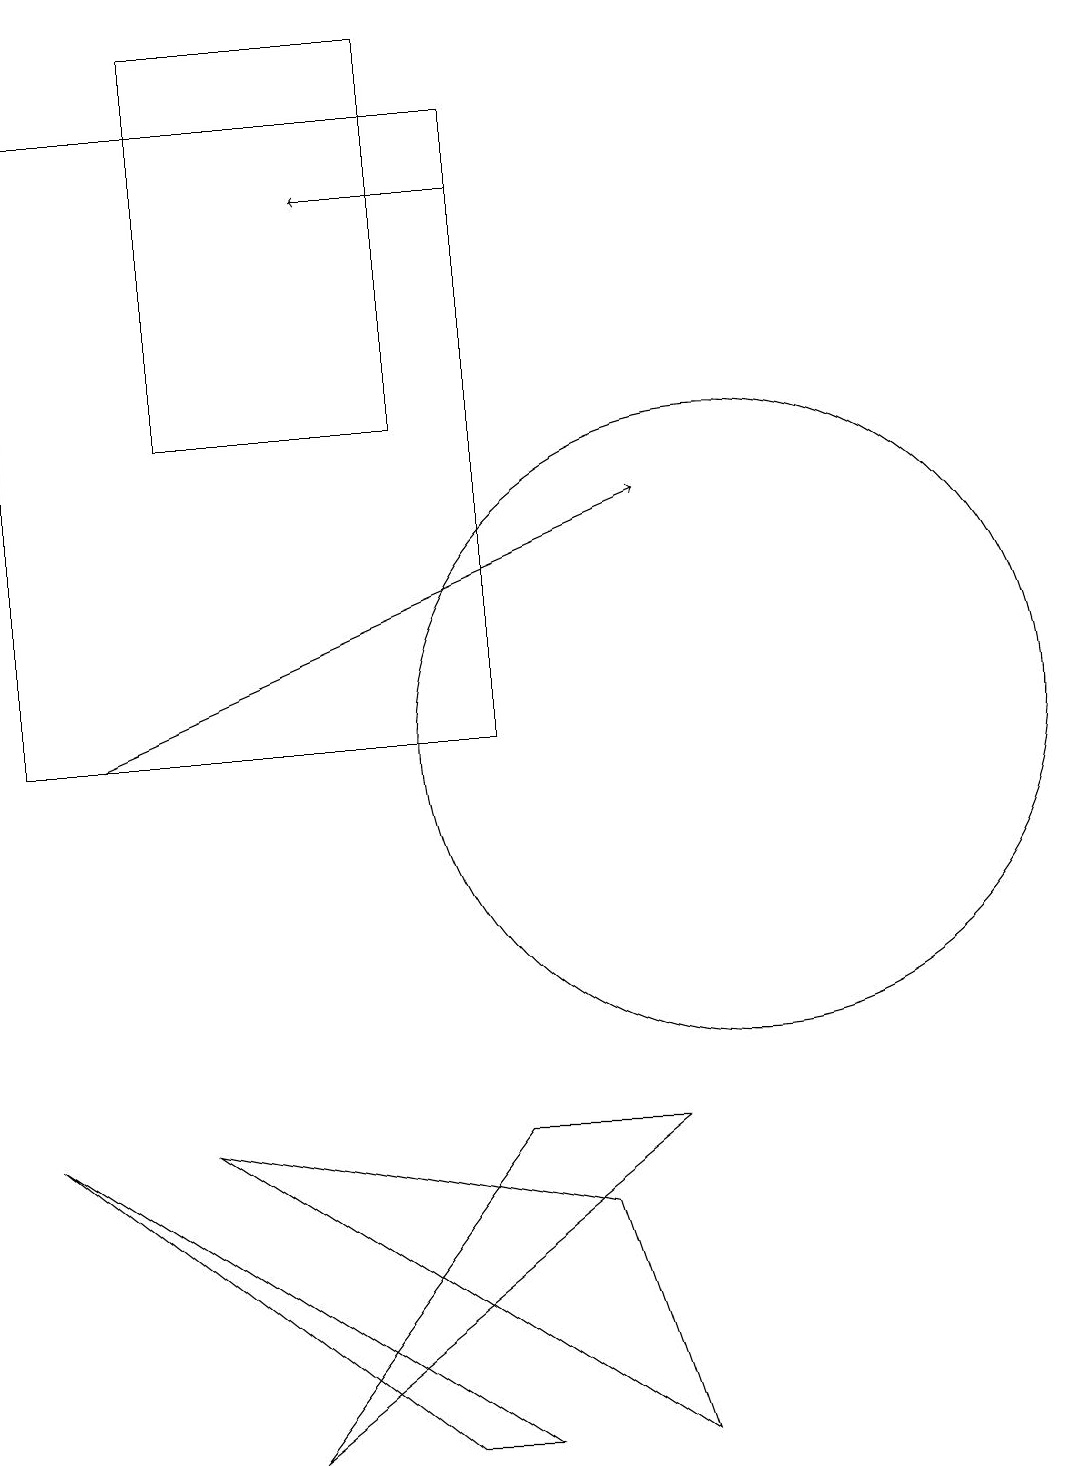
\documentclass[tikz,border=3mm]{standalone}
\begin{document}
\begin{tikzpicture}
\draw (6,1) -- (1,5) -- (7,1) -- cycle;
\draw (3,14) rectangle (6,19);
\draw (1,10) rectangle (7,18);
\draw (7,5) -- (4,1) -- (9,5) -- cycle;
\draw[->] (2,10) -- (9,13);
\draw (3,5) -- (8,4) -- (9,1) -- cycle;
\draw[->] (7,17) -- (5,17);
\draw (10,10) circle (4);
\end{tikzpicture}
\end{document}